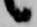
候